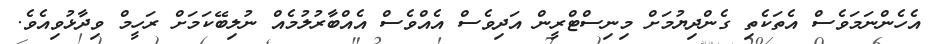
އެހެންނަމަވެސް އެތަކެތި ގެންދިޔުމަށް މިނިސްޓްރީން އަދިވެސް އެއްވެސް އެއްބާރުލުމެއް ނުލިބޭކަމަށް ރަހީމް ވިދާޅުވިއެވެ.